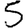
Digit: 5